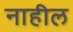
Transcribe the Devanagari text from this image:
नाहील